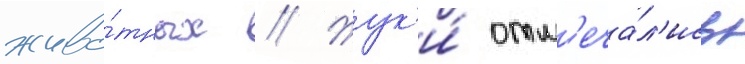
живо́тных // Жук'и́ отм'еча́л'ись